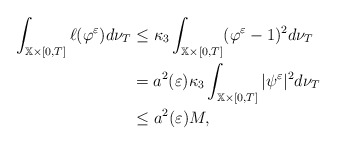
\begin{align*}\int_{\mathbb{X}\times \lbrack 0,T]}\ell (\varphi ^{\varepsilon })d\nu _{T}&\leq \kappa _{3}\int_{\mathbb{X}\times \lbrack 0,T]}(\varphi ^{\varepsilon}-1)^{2}d\nu _{T} \\& =a^{2}(\varepsilon )\kappa _{3}\int_{\mathbb{X}\times \lbrack 0,T]}|\psi^{\varepsilon }|^{2}d\nu _{T} \\& \leq a^{2}(\varepsilon )M,\end{align*}